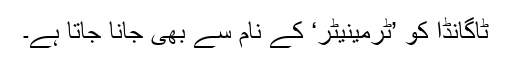
ٹاگانڈا کو ’ٹرمینیٹر‘ کے نام سے بھی جانا جاتا ہے۔